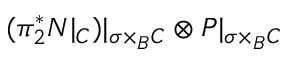
( \pi _ { 2 } ^ { * } { \cal N } | _ { { \cal { C } } } ) | _ { \sigma \times _ { B } { \cal { C } } } \otimes { \cal { P } } | _ { \sigma \times _ { B } { \cal { C } } }